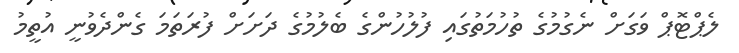
ލެޕްޓޮޕް ވަގަށް ނެގުމުގެ ތުހުމަތުގައި ފުލުހުންގެ ބެލުމުގެ ދަށަށް ފުރަތަމަ ގެންދެވުނީ އުތީމު